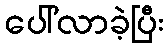
ပေါ်လာခဲ့ပြီး